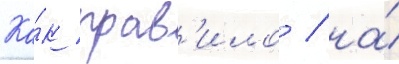
Ка́к прав'ило / на́